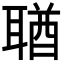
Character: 𦖣